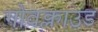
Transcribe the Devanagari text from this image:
गोवक्लाउड